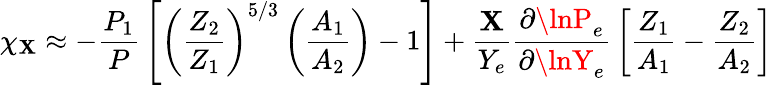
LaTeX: \chi_{\mathbf{X}}\approx-{\frac{{P_{1}}}{{P}}}\left[\left({\frac{{Z_{2}}}{{Z_{1}}}}\right)^{5/3}\left({\frac{{A_{1}}}{{A_{2}}}}\right)-1\right]+{\frac{{\mathbf{X}}}{{Y_{e}}}}{\frac{{\partial\lnP_{e}}}{{\partial\lnY_{e}}}}\left[{\frac{{Z_{1}}}{{A_{1}}}}-{\frac{{Z_{2}}}{{A_{2}}}}\right]